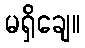
မရှိချေ။